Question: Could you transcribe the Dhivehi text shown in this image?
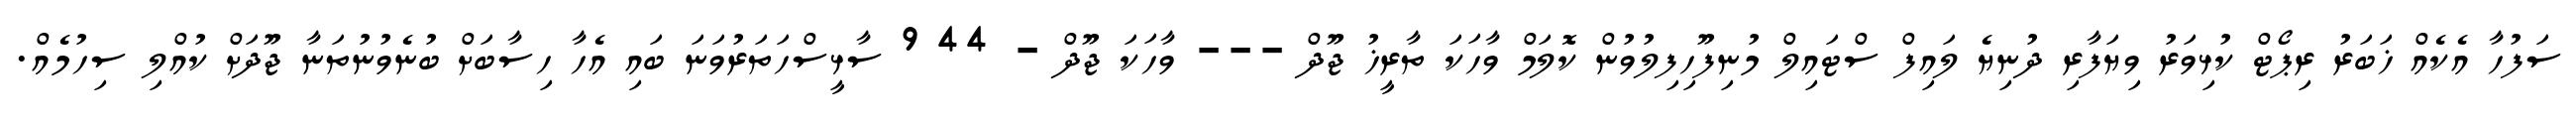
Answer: ސަފުހާ އެކެއް ޚަބަރު ރިޕޯޓް ކުޅިވަރު ވިޔަފާރި ދުނިޔެ ލައިފް ސްޓައިލް މުނިފޫހިފިލުވުން ކޮލަމް ވާހަކަ ތާރީޚު ޖޫދް --- ވާހަކަ ޖޫދް - 44 9 ސާޅީސްހަތަރުވަނަ ބައި އެހާ ހިސާބަށް ބުނެވުނުތަނާ ޖޫދަށް ކުއްލި ސިހުމެއް.